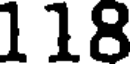
118